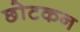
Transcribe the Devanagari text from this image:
छोटकन